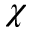
\chi